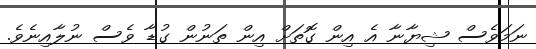
ނަމަވެސް ޝިޔާނާ އެ އިން ގޮތަށް އިން ތަނުން ގުޑާ ވެސް ނުލާއިނެވެ.